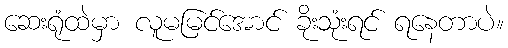
ဆေးရုံထဲမှာ လူမမြင်အောင် ခိုးသုံးရင် ရနေတာပဲ။